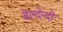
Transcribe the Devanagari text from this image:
बेल्देन्दी